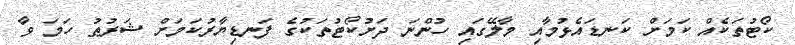
ކޯޓުތަކެއް ކަމަށް ކަނޑައެޅުމާއި މާލޭގައި ހުންނަ ދަށުކޯޓުތަކުގެ ފަނޑިޔާރުކަމަށް ޝަރުޠު ހަމަ ވާ